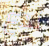
ندع